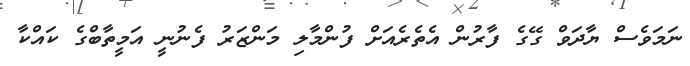
ނަމަވެސް ޔާދަވް ގޭގެ ފާރުން އެތެރެއަށް ފުންމާލި މަންޒަރު ފެނުނީ އަމީތާބްގެ ކައްކާ